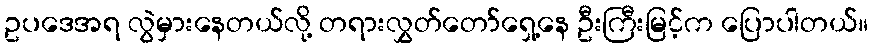
ဥပဒေအရ လွဲမှားနေတယ်လို့ တရားလွှတ်တော်ရှေ့နေ ဦးကြီးမြင့်က ပြောပါတယ်။